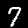
Digit: 7